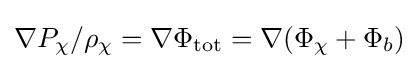
\nabla P_{\chi }/\rho _{\chi }=\nabla \Phi _{\rm {tot}}=\nabla (\Phi _{\chi }+\Phi _{b})